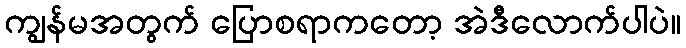
ကျွန်မအတွက် ပြောစရာကတော့ အဲဒီလောက်ပါပဲ။